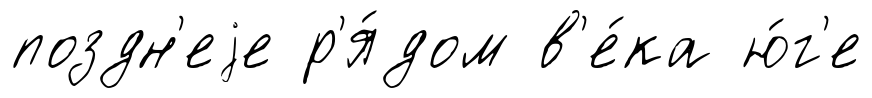
поздн'еjе р'я́дом в'е́ка ю́г'е